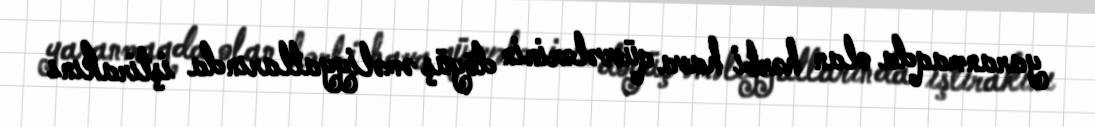
yaranmaqda olan hərbi hava qüvvələrinin döyüş əməliyyatlarında iştirakını